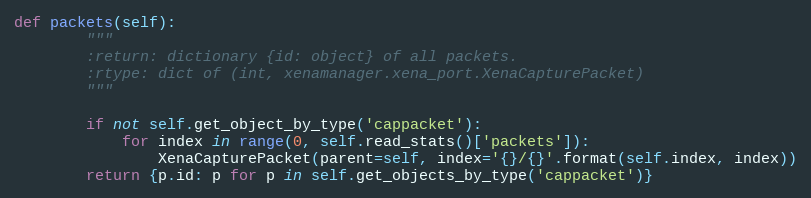
Language: Python
def packets(self):
        """
        :return: dictionary {id: object} of all packets.
        :rtype: dict of (int, xenamanager.xena_port.XenaCapturePacket)
        """

        if not self.get_object_by_type('cappacket'):
            for index in range(0, self.read_stats()['packets']):
                XenaCapturePacket(parent=self, index='{}/{}'.format(self.index, index))
        return {p.id: p for p in self.get_objects_by_type('cappacket')}